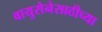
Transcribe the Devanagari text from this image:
वायुसेनेसाठीच्या